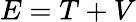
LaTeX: E=T+V